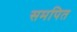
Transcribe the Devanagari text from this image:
समपित